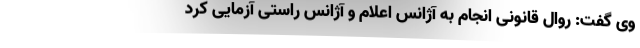
وی گفت: روال قانونی انجام به آژانس اعلام و آژانس راستی آزمایی کرد